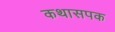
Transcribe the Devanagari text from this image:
कथासपक